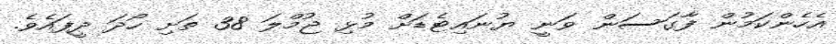
އެހެންކަމުން ފާގަސަން ވަނީ ޔުނައިޓެޑަށް މުޅި ޖުމްލަ 38 ތަށި ހޯދަ ދީފައެވެ.